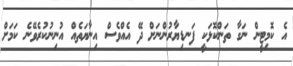
އެ ކޮމިޓީން ނަގާ ތަންކޮޅަކީ ފަނޑިޔާރުންނަށް ދޭ އެއްވެސް އިނާޔަތެއް އުނިނުކުރެވޭނެ ކަމަށް